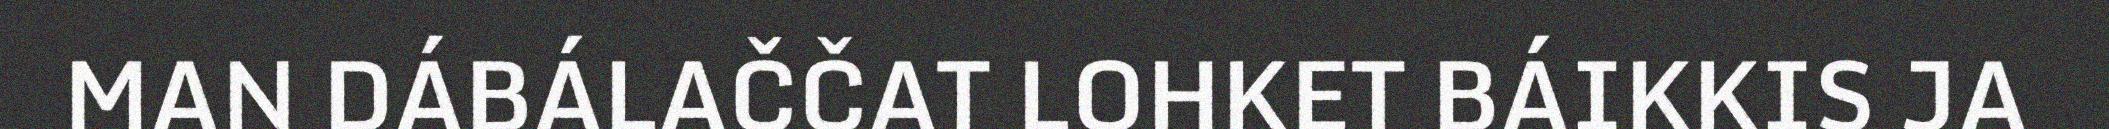
MAN DÁBÁLAČČAT LOHKET BÁIKKIS JA